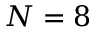
N = 8